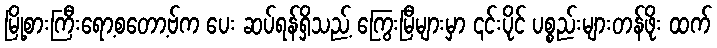
မြို့စားကြီးရော့စတော့ဗ်က ပေး ဆပ်ရန်ရှိသည့် ကြွေးမြီများမှာ ၎င်းပိုင် ပစ္စည်းများတန်ဖိုး ထက်